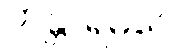
ကန္တာရမဂ္ဂေ